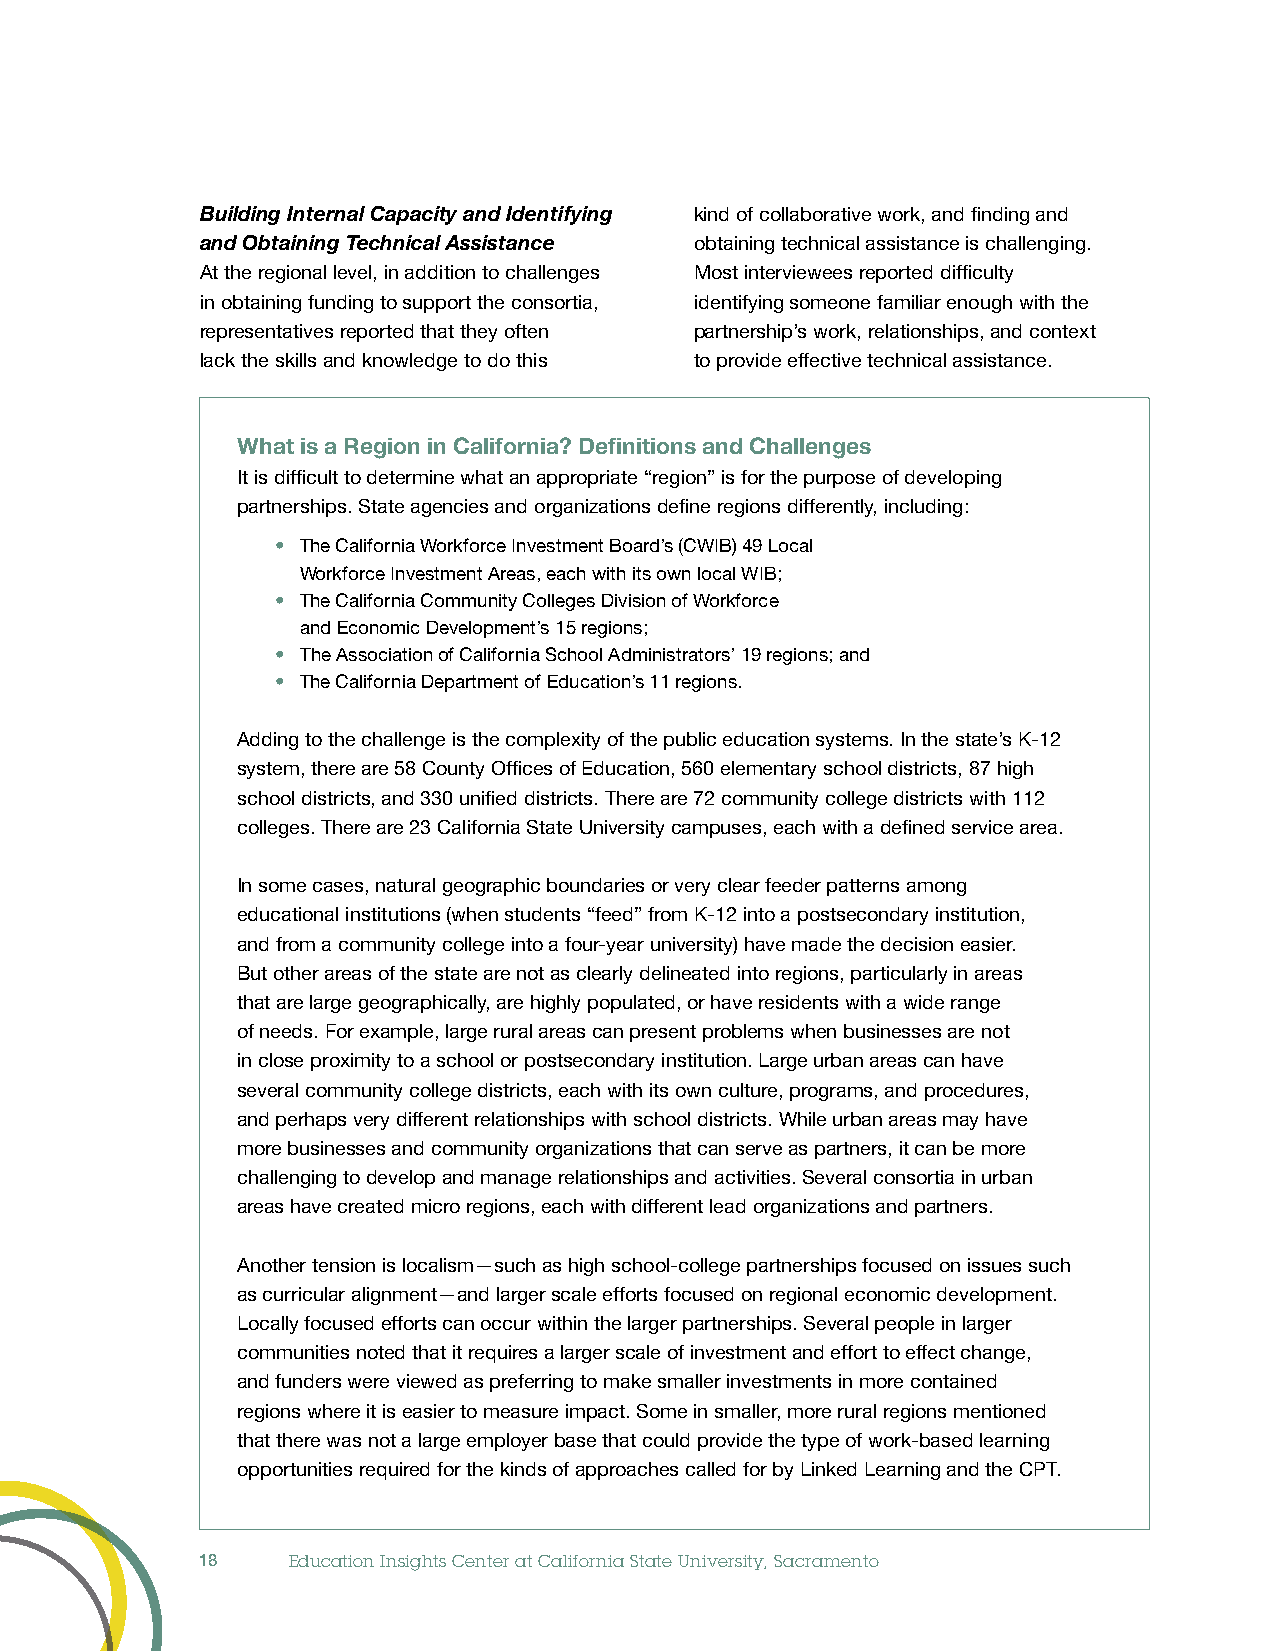
Building Internal Capacity and Identifying kind of collaborative work, and finding and
 and Obtaining Technical Assistance obtaining technical assistance is challenging.
 At the regional level, in addition to challenges Most interviewees reported difficulty
 in obtaining funding to support the consortia, identifying someone familiar enough with the
 representatives reported that they often partnership’s work, relationships, and context
 lack the skills and knowledge to do this to provide effective technical assistance.
 What is a Region in California? Definitions and Challenges
 It is difficult to determine what an appropriate “region” is for the purpose of developing
 partnerships. State agencies and organizations define regions differently, including:
 • The California Workforce Investment Board’s (CWIB) 49 Local
 Workforce Investment Areas, each with its own local WIB;
 • The California Community Colleges Division of Workforce
 and Economic Development’s 15 regions;
 • The Association of California School Administrators’ 19 regions; and
 • The California Department of Education’s 11 regions.
 Adding to the challenge is the complexity of the public education systems. In the state’s K-12
 system, there are 58 County Offices of Education, 560 elementary school districts, 87 high
 school districts, and 330 unified districts. There are 72 community college districts with 112
 colleges. There are 23 California State University campuses, each with a defined service area.
 In some cases, natural geographic boundaries or very clear feeder patterns among
 educational institutions (when students “feed” from K-12 into a postsecondary institution,
 and from a community college into a four-year university) have made the decision easier.
 But other areas of the state are not as clearly delineated into regions, particularly in areas
 that are large geographically, are highly populated, or have residents with a wide range
 of needs. For example, large rural areas can present problems when businesses are not
 in close proximity to a school or postsecondary institution. Large urban areas can have
 several community college districts, each with its own culture, programs, and procedures,
 and perhaps very different relationships with school districts. While urban areas may have
 more businesses and community organizations that can serve as partners, it can be more
 challenging to develop and manage relationships and activities. Several consortia in urban
 areas have created micro regions, each with different lead organizations and partners.
 Another tension is localism—such as high school-college partnerships focused on issues such
 as curricular alignment—and larger scale efforts focused on regional economic development.
 Locally focused efforts can occur within the larger partnerships. Several people in larger
 communities noted that it requires a larger scale of investment and effort to effect change,
 and funders were viewed as preferring to make smaller investments in more contained
 regions where it is easier to measure impact. Some in smaller, more rural regions mentioned
 that there was not a large employer base that could provide the type of work-based learning
 opportunities required for the kinds of approaches called for by Linked Learning and the CPT.
 18    Education Insights Center at California State University, Sacramento